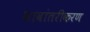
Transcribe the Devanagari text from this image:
भावांतरीकरण